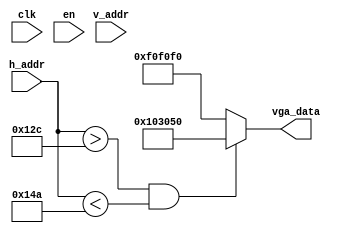
module picdisplay(
	output reg[23:0] vga_data,
	input [9:0] h_addr,
	input [9:0] v_addr,
	input clk,
	input en
);
//inner signal
reg [18:0] addr;
wire [11:0] data;

//initial
initial
begin
	vga_data = 24'd0;
end


//always module
always @ (h_addr or v_addr)
begin
	if(h_addr > 300 && h_addr < 330)
	begin
		vga_data = 24'h103050;
	end
	else vga_data = 24'hf0f0f0;
end

endmodule